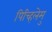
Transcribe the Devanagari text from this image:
पिच्हिलेमु